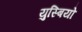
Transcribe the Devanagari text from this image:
युस्बियो